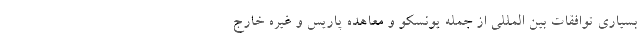
بسیاری توافقات بین المللی از جمله یونسکو و معاهده پاریس و غیره خارج